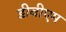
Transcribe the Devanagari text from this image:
डीवीएम